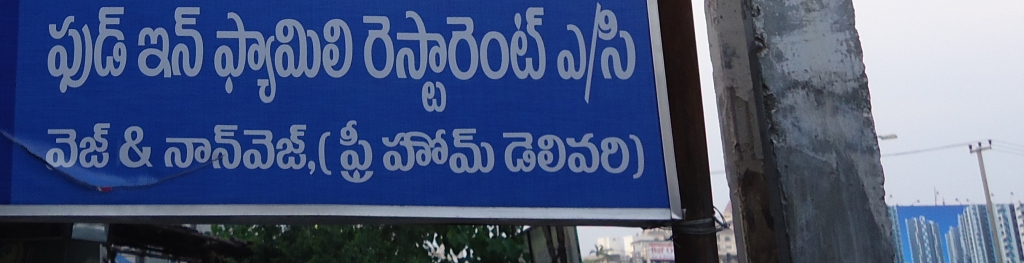
Language: telugu
Transcription: పుడ్ ఫ్యామిలీ ఇన్ రెస్టారెంట్ వెజ్ డెలివరి)